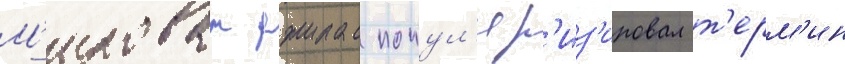
М'илован джилас попул'яр'из'ировал т'ерм'ин